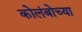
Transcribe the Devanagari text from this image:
कोलंबोच्या